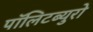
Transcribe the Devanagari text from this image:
पॉलिटब्युरो